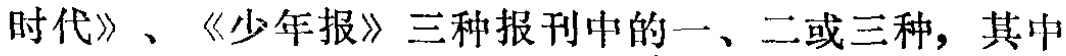
《时代》、《少年报》三种报刊中的一、二或三种，其中